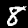
Digit: 8